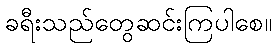
ခရီးသည်တွေဆင်းကြပါစေ။